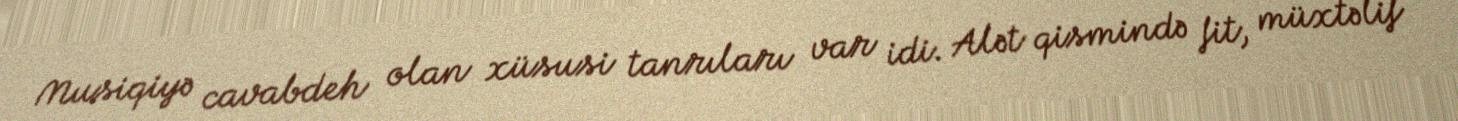
Musiqiyə cavabdeh olan xüsusi tanrıları var idi. Alət qismində fit, müxtəlif